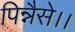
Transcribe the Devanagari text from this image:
पिन्नैसे।।